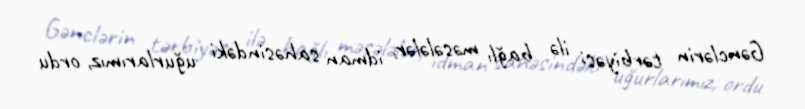
Gənclərin tərbiyəsi ilə bağlı məsələlər, idman sahəsindəki uğurlarımız, ordu